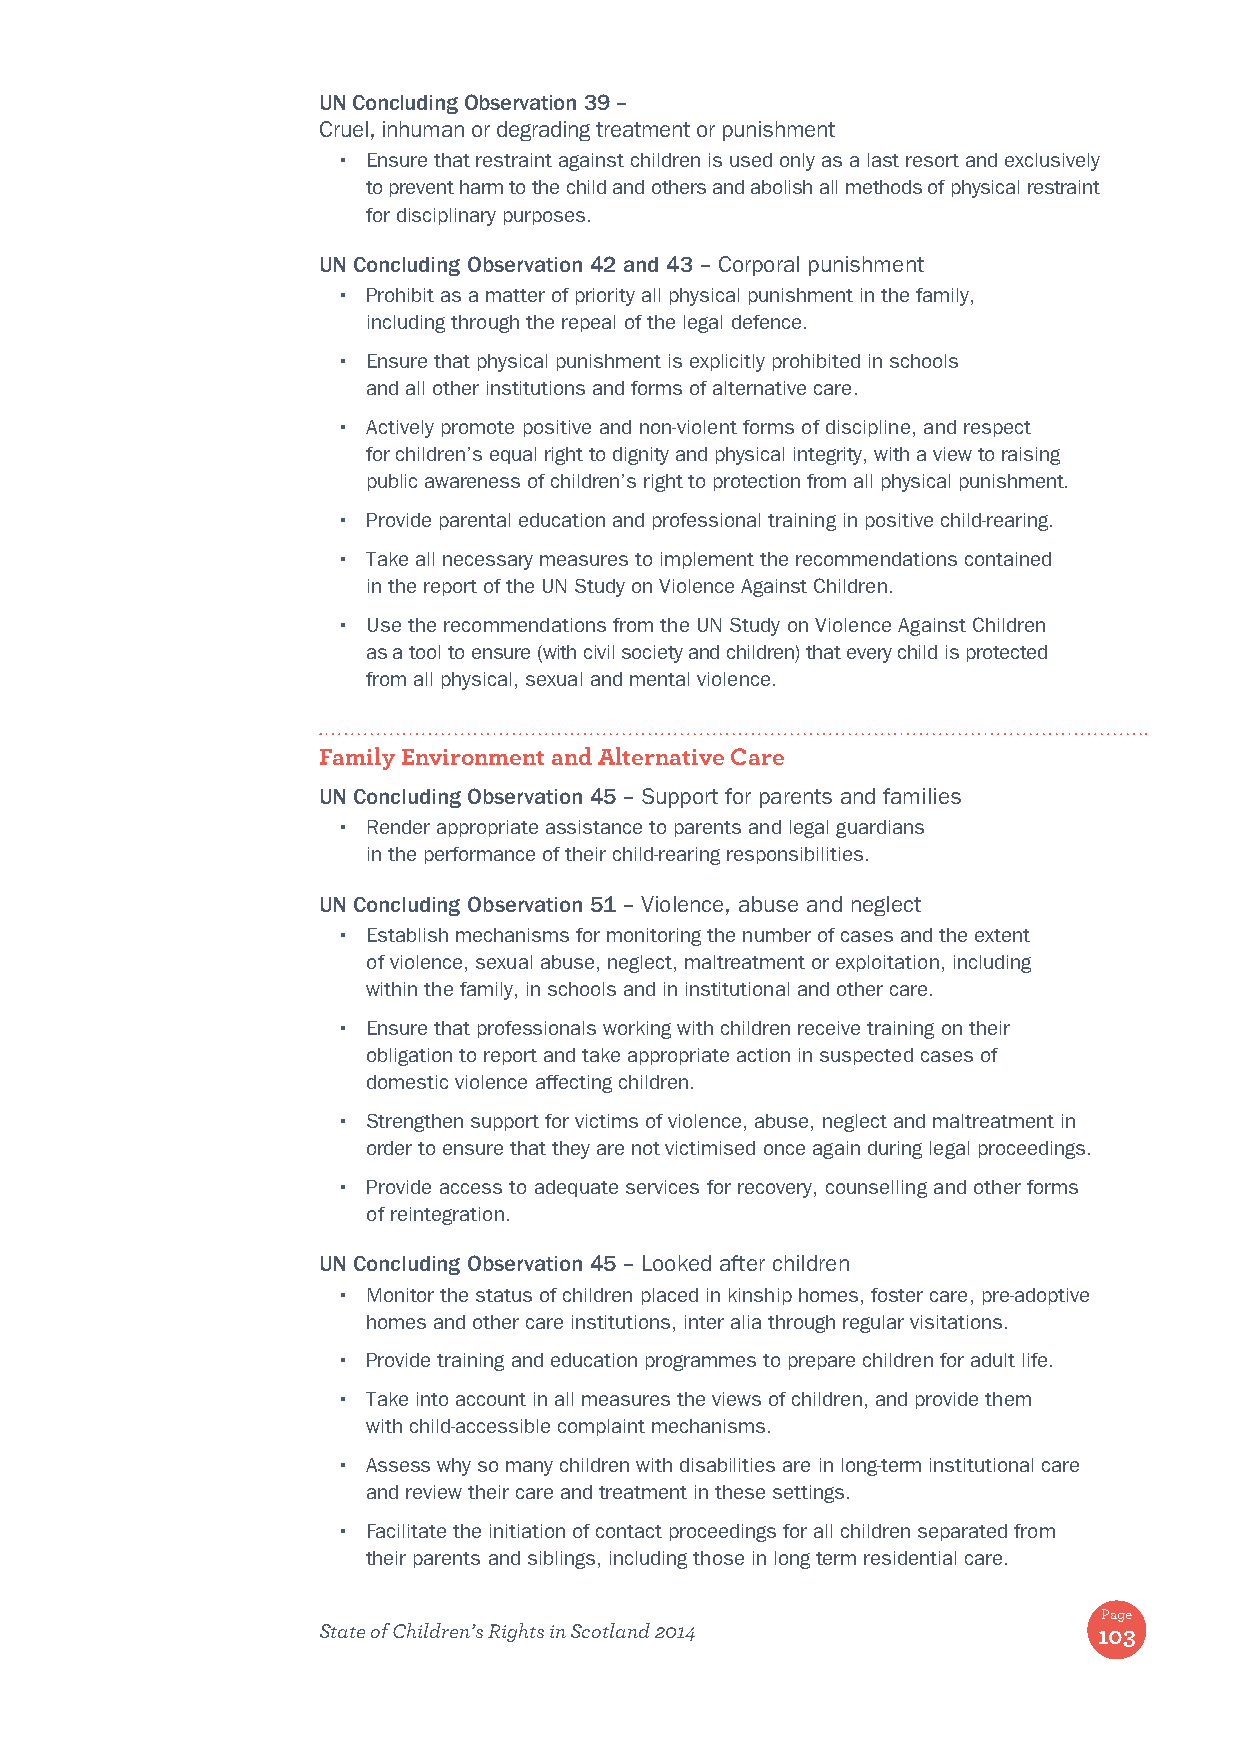
UN Concluding Observation 39 –
 Cruel, inhuman or degrading treatment or punishment
 • Ensure that restraint against children is used only as a last resort and exclusively
 to prevent harm to the child and others and abolish all methods of physical restraint
 for disciplinary purposes.
 UN Concluding Observation 42 and 43 – Corporal punishment
 • Prohibit as a matter of priority all physical punishment in the family,
 including through the repeal of the legal defence.
 • Ensure that physical punishment is explicitly prohibited in schools
 and all other institutions and forms of alternative care.
 • Actively promote positive and non-violent forms of discipline, and respect
 for children’s equal right to dignity and physical integrity, with a view to raising
 public awareness of children’s right to protection from all physical punishment.
 • Provide parental education and professional training in positive child-rearing.
 • Take all necessary measures to implement the recommendations contained
 in the report of the UN Study on Violence Against Children.
 • Use the recommendations from the UN Study on Violence Against Children
 as a tool to ensure (with civil society and children) that every child is protected
 from all physical, sexual and mental violence.
 Family Environment and Alternative Care
 UN Concluding Observation 45 – Support for parents and families
 • Render appropriate assistance to parents and legal guardians
 in the performance of their child-rearing responsibilities.
 UN Concluding Observation 51 – Violence, abuse and neglect
 • Establish mechanisms for monitoring the number of cases and the extent
 of violence, sexual abuse, neglect, maltreatment or exploitation, including
 within the family, in schools and in institutional and other care.
 • Ensure that professionals working with children receive training on their
 obligation to report and take appropriate action in suspected cases of
 domestic violence affecting children.
 • Strengthen support for victims of violence, abuse, neglect and maltreatment in
 order to ensure that they are not victimised once again during legal proceedings.
 • Provide access to adequate services for recovery, counselling and other forms
 of reintegration.
 UN Concluding Observation 45 – Looked after children
 • Monitor the status of children placed in kinship homes, foster care, pre-adoptive
 homes and other care institutions, inter alia through regular visitations.
 • Provide training and education programmes to prepare children for adult life.
 • Take into account in all measures the views of children, and provide them
 with child-accessible complaint mechanisms.
 • Assess why so many children with disabilities are in long-term institutional care
 and review their care and treatment in these settings.
 • Facilitate the initiation of contact proceedings for all children separated from
 their parents and siblings, including those in long term residential care.
 Page
 State of Children’s Rights in Scotland 2014         103